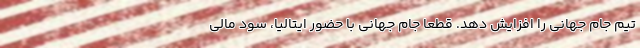
تیم جام جهانی را افزایش دهد. قطعا جام جهانی با حضور ایتالیا، سود مالی